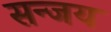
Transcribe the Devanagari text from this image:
सन्जय